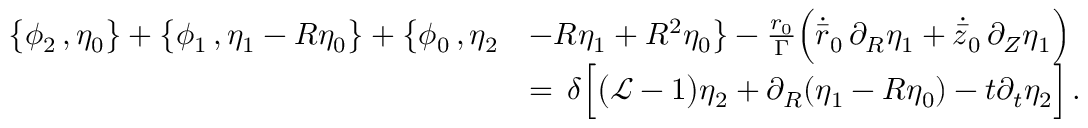
\begin{array} { r l } { \bigl \{ \phi _ { 2 } \, , \eta _ { 0 } \bigr \} + \bigl \{ \phi _ { 1 } \, , \eta _ { 1 } - R \eta _ { 0 } \bigr \} + \bigl \{ \phi _ { 0 } \, , \eta _ { 2 } } & { - R \eta _ { 1 } + R ^ { 2 } \eta _ { 0 } \bigr \} - \frac { r _ { 0 } } { \Gamma } \Bigl ( \dot { \bar { r } } _ { 0 } \, \partial _ { R } \eta _ { 1 } + \dot { \bar { z } } _ { 0 } \, \partial _ { Z } \eta _ { 1 } \Bigr ) } \\ { \, } & { = \, \delta \Bigl [ \bigl ( \mathcal { L } - 1 \bigr ) \eta _ { 2 } + \partial _ { R } ( \eta _ { 1 } - R \eta _ { 0 } ) - t \partial _ { t } \eta _ { 2 } \Bigr ] \, . } \end{array}